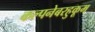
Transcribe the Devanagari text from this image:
कल्पनेबरहुकूम